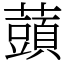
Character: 䕱